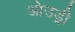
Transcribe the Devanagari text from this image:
ओउड्री